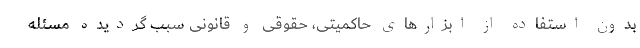
بدون استفاده از ابزارهای حاکمیتی، حقوقی و قانونی سبب گردیده مسئله